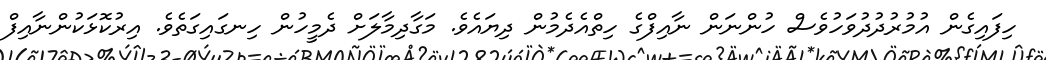
ހިފައިގެން އުމުރުދުދުވަހުވެސް ހުންނަން ނާއިފްގެ ހިތްއެދެމުން ދިޔައެވެ. މަގާދިމާލަށް ދެމީހުން ހިނގައިގަތެވެ. އިރުކޮޅަކުންނާއިފް